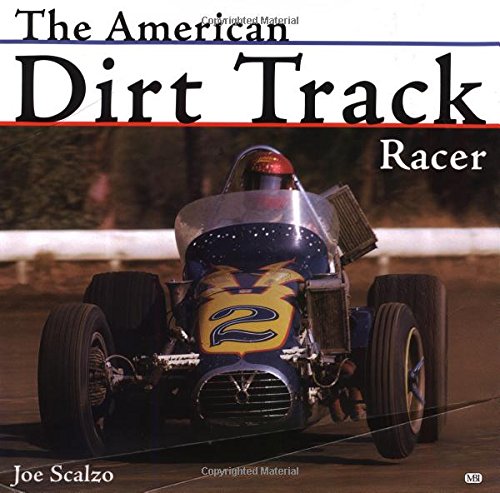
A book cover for American Dirt Track Racer; Joe Scalzo; Engineering & Transportation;